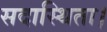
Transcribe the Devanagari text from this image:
सदास्थिता।